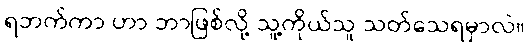
ရဘက်ကာ ဟာ ဘာဖြစ်လို့ သူ့ကိုယ်သူ သတ်သေရမှာလဲ။